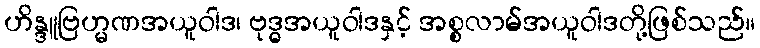
ဟိန္ဒူဗြဟ္မဏအယူဝါဒ၊ ဗုဒ္ဓအယူဝါဒနှင့် အစ္စလာမ်အယူဝါဒတို့ဖြစ်သည်။